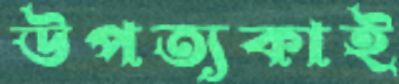
উপত্যকাই